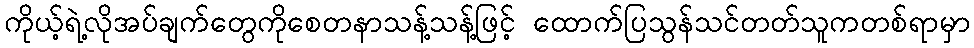
ကိုယ့်ရဲ့လိုအပ်ချက်တွေကိုစေတနာသန့်သန့်ဖြင့် ထောက်ပြသွန်သင်တတ်သူကတစ်ရာမှာ